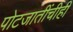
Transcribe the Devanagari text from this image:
पोटजातींचीही